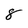
Character: 8